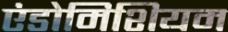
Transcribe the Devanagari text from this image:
एंडोमिशियम